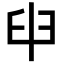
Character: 𦥔